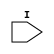
module ConnectB(I);
   input I;   
endmodule // ConnectA